Annual administration report of the Civil Veterinary Department of India - 1898-1899
Year: 1898
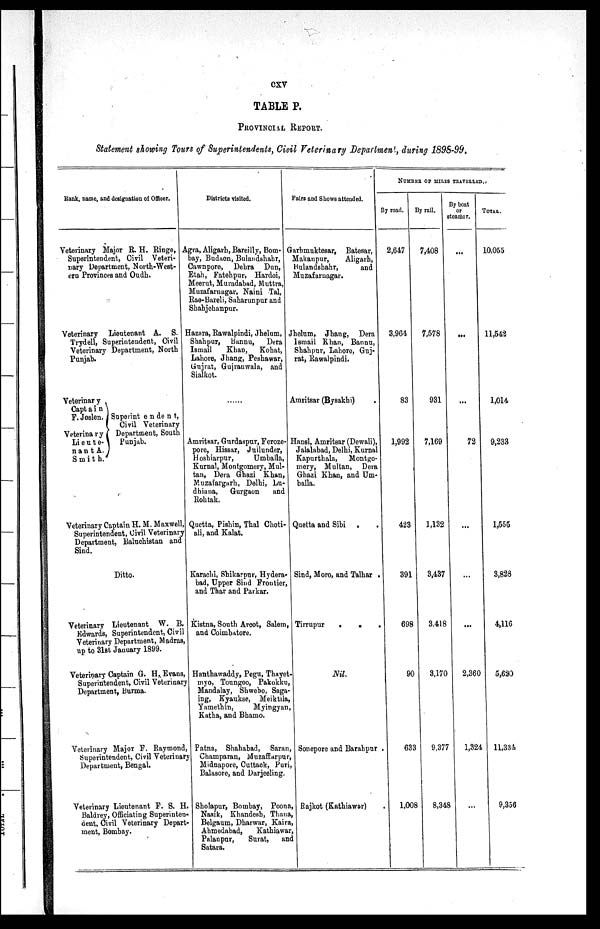
cxv
TABLE P.
PROVINCIAL REPORT.
Statement showing Tours of Superintendents, Civil Veterinary Department, during 1898-99,
Bank, name, and designation of Officer.
Veterinary Major R. H. Ringe,
Superintendent, Civil Veteri-
nary Department, North-West-
ern
Provinces
and
Oudh.
Veterinary Lieutenant A. S.
Trydell, Superintendent, Civil
Veterinary Department, North
Punjab.
Veterinary
Captain
F. Joslen.
Veterinary
Lieute-
nantA.
Smith.
Superint endent,
Civil Veterinary
Department, South
Punjab.
Veterinary Captain H. M. Maxwell,
Superintendent, Civil Veterinary
Department, Baluchistan and
Sind.
Ditto.
Veterinary Lieutenant W. B.
Edwards, Superintendent, Civil
Veterinary Department, Madras,
up to 31st January 1899.
Veterinary Captain G. H. Evans,
Superintendent, Civil Veterinary
Department, Burma.
Veterinary Major F. Raymond
Superintendent, Civil Veterinary
Department,
Bengal.
Veterinary Lieutenant F. S. H.
Baldrey, Officiating Superinten-
dent, Civil Veterinary Depart
ment, Bombay.
Districts visited.
Agra, Aligarh, Bareilly, Bom-
bay, Budaon, Bulandshahr,
Cawnpore, Debra Dun,
Etah, Fatehpur, Hardoi,
Meerut, Muradabad, Muttra,
Muzafarnagar, Naini Tal,
Rae-Bareli, Saharunpur and
Shahjehanpur.
Hazara, Rawalpindi, Jhelum,
Shahpur, Bannu, Dera
Ismail
Khan,
Kohat,
Lahore, J hang, Peshawar,
Gujrat, Gujrauwala, and
Sialkot.
.....
Amritsar, Gurdaspur, Feroze-
pore, Hissar, Jullunder,
Hoshiarpur,
Umballa,
Kurnal, Montgomery, Mul-
tan, Dera Ghazi Khan,
Muzafargarh, Delhi, Lu-
dhiana,
Gurgaon
and
Rohtak.
Quetta, Pishin, Thal Choti-
ali, and Kalat.
Karachi, Shikarpur, Hydera-
bad, Upper Sind Frontier,
and Thar and Parkar.
Kistna, South Arcot, Salem,
and Coimbatore.
Hanthawaddy, Pegu, Thayet
myo, Toungoo, Pakokku,
Mandalay, Shwebo, Saga-
ing, Kyaukse, Meiktila,
Yamethin,
Myingyan
Katha, and Bhamo.
Patna, Shahabad, Saran
Champaran, Muzaffarpur
Midnapore, Cuttack, Puri,
Balasore, and Darjeeling.
Sholapur, Bombay, Poona,
Nasik, Khandesh, Thana,
Belgaum, Dharwar, Kaira,
Ahmedabad, Kathiawar,
Palanpur,
Surat, and
Satara.
Pairs and Shows attended.
Garhmuktesar, Batesar,
Makanpur,
Aligarh,
Bulandshahr,
and
Muzafarnagar.
Jhelum, Jhang, Dera
Ismail Khan, Bannu,
Shahpur, Lahore, Guj-
rat, Rawalpindi.
Amritsar (Bysakhi)
Hansi, Amritsar (Dewali),
Jalalabad, Delhi, Kurnal
Kapurthala, Montgo-
mery, Multan, Dera
Ghazi Khan, and Um-
balla.
Quetta and Sibi .
.
Sind, Moro, and Talhar .
Tirrupur . . .
Nil.
Sonepore and Barahpur
Bajkot (Kathiawar)
NUMBER OF MILES TRAVELLED
By road.
2,647
3,964
83
1,992
423
391
698
90
633
1,008
By rail.
7,408
7,578
931
7,169
1,132
3,437
3,418
3,170
9,377
8,348
By boat
or
stcamor.
...
...
...
72
...
...
...
2,360
1,324
...
TOTAL.
10,055
11,542
1,014
9,233
1,555
3,828
4,116
5,630
11,334.
9,356